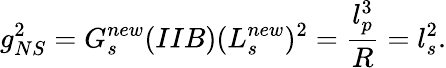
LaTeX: g_{NS}^{2}=G_{s}^{new}(IIB)(L_{s}^{new})^{2}=\frac{l_{p}^{3}}{R}=l_{s}^{2}.